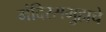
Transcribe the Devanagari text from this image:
मंदिरसमुहाचे